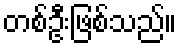
တစ်ဦးဖြစ်သည်။